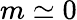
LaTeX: m\simeq 0